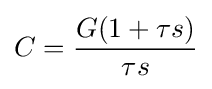
C={\frac {G(1+\tau s)}{\tau s}}